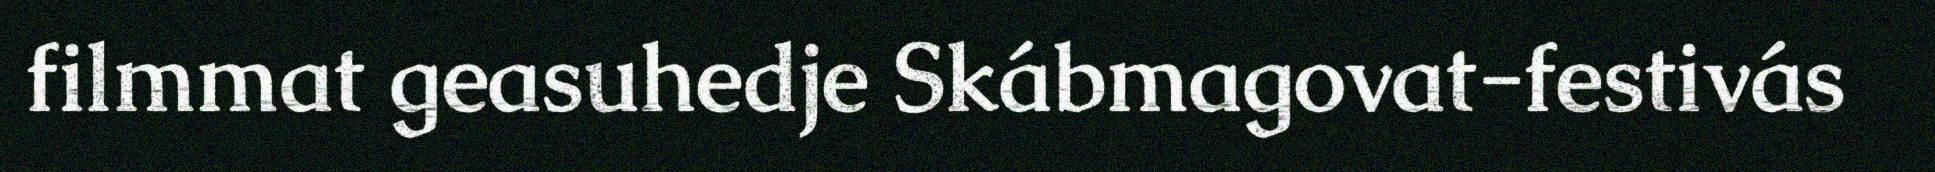
filmmat geasuhedje Skábmagovat-festivás